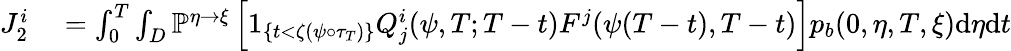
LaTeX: \begin{array}{rl}{J_{2}^{i}}&{{}=\int_{0}^{T}\int_{D}\mathbb{P}^{\eta\rightarrow\xi}\left[1_{\{ t<\zeta(\psi\circ\tau_{T})\} }Q_{j}^{i}(\psi,T;T-t)F^{j}(\psi(T-t),T-t)\right]p_{b}(0,\eta,T,\xi)\mathrm{d}\eta\mathrm{d}t}\end{array}